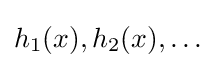
h_{1}(x),h_{2}(x),\ldots